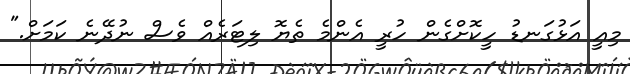
މިއީ އަޅުގަނޑު ހީކޮށްގެން ހުރީ އެންމެ ތެޔޮ ލިޓަރެއް ވެސް ނުދޭނެ ކަމަށް."